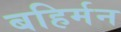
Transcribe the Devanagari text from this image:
बहिर्मन